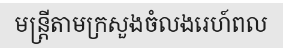
មន្ត្រីតាមក្រសួងចំលងរេហ៍ពល